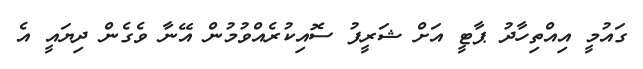
ގައުމީ އިއްތިހާދު ޕާޓީ އަށް ޝަރީފު ސޮއިކުރެއްވުމުން އޭނާ ވެގެން ދިޔައީ އެ